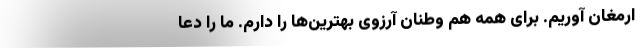
ارمغان آوریم. برای همه هم وطنان آرزوی بهترین‌ها را دارم. ما را دعا